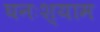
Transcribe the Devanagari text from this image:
घनःश्याम